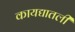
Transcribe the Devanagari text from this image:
कायद्यातली